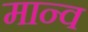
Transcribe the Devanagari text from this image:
मान्व